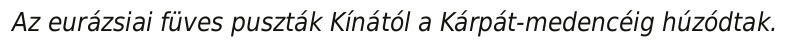
Az eurázsiai füves puszták Kínától a Kárpát-medencéig húzódtak.